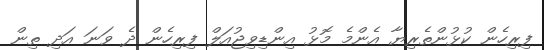
ފިރިހެން ކުޅުންތެރިޔާ އެންމެ މޮޅު އިންޑިވިޖުއަލް ފިރިހެން ދެ ވަނަ އަދި ތިން